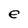
Character: e